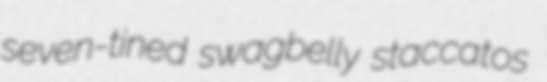
seven-tined swagbelly staccatos